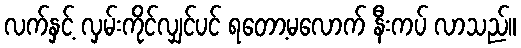
လက်နှင့် လှမ်းကိုင်လျှင်ပင် ရတော့မလောက် နီးကပ် လာသည်။